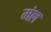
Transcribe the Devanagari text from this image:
मंल